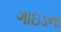
ગાઇડના